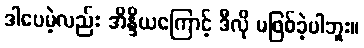
ဒါပေမဲ့လည်း အိန္ဒိယကြောင့် ဒီလို မဖြစ်ခဲ့ပါဘူး။